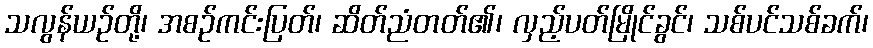
သလွန်ယဉ်တို့၊ အစဉ်ကင်းပြတ်၊ ဆိတ်ညံတတ်၏၊ လှည့်ပတ်မြိုင်ခွင်၊ သစ်ပင်သစ်ခက်၊